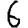
Digit: 6